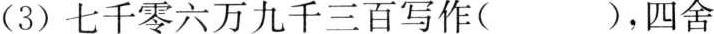
( 3 ) 七千零六万九千三百写作( )，四舍